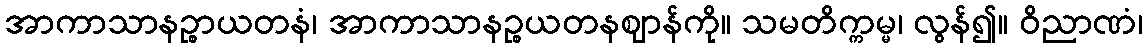
အာကာသာနဉ္စာယတနံ၊ အာကာသာနဉ္စယတနဈာန်ကို။ သမတိက္ကမ္မ၊ လွန်၍။ ဝိညာဏံ၊